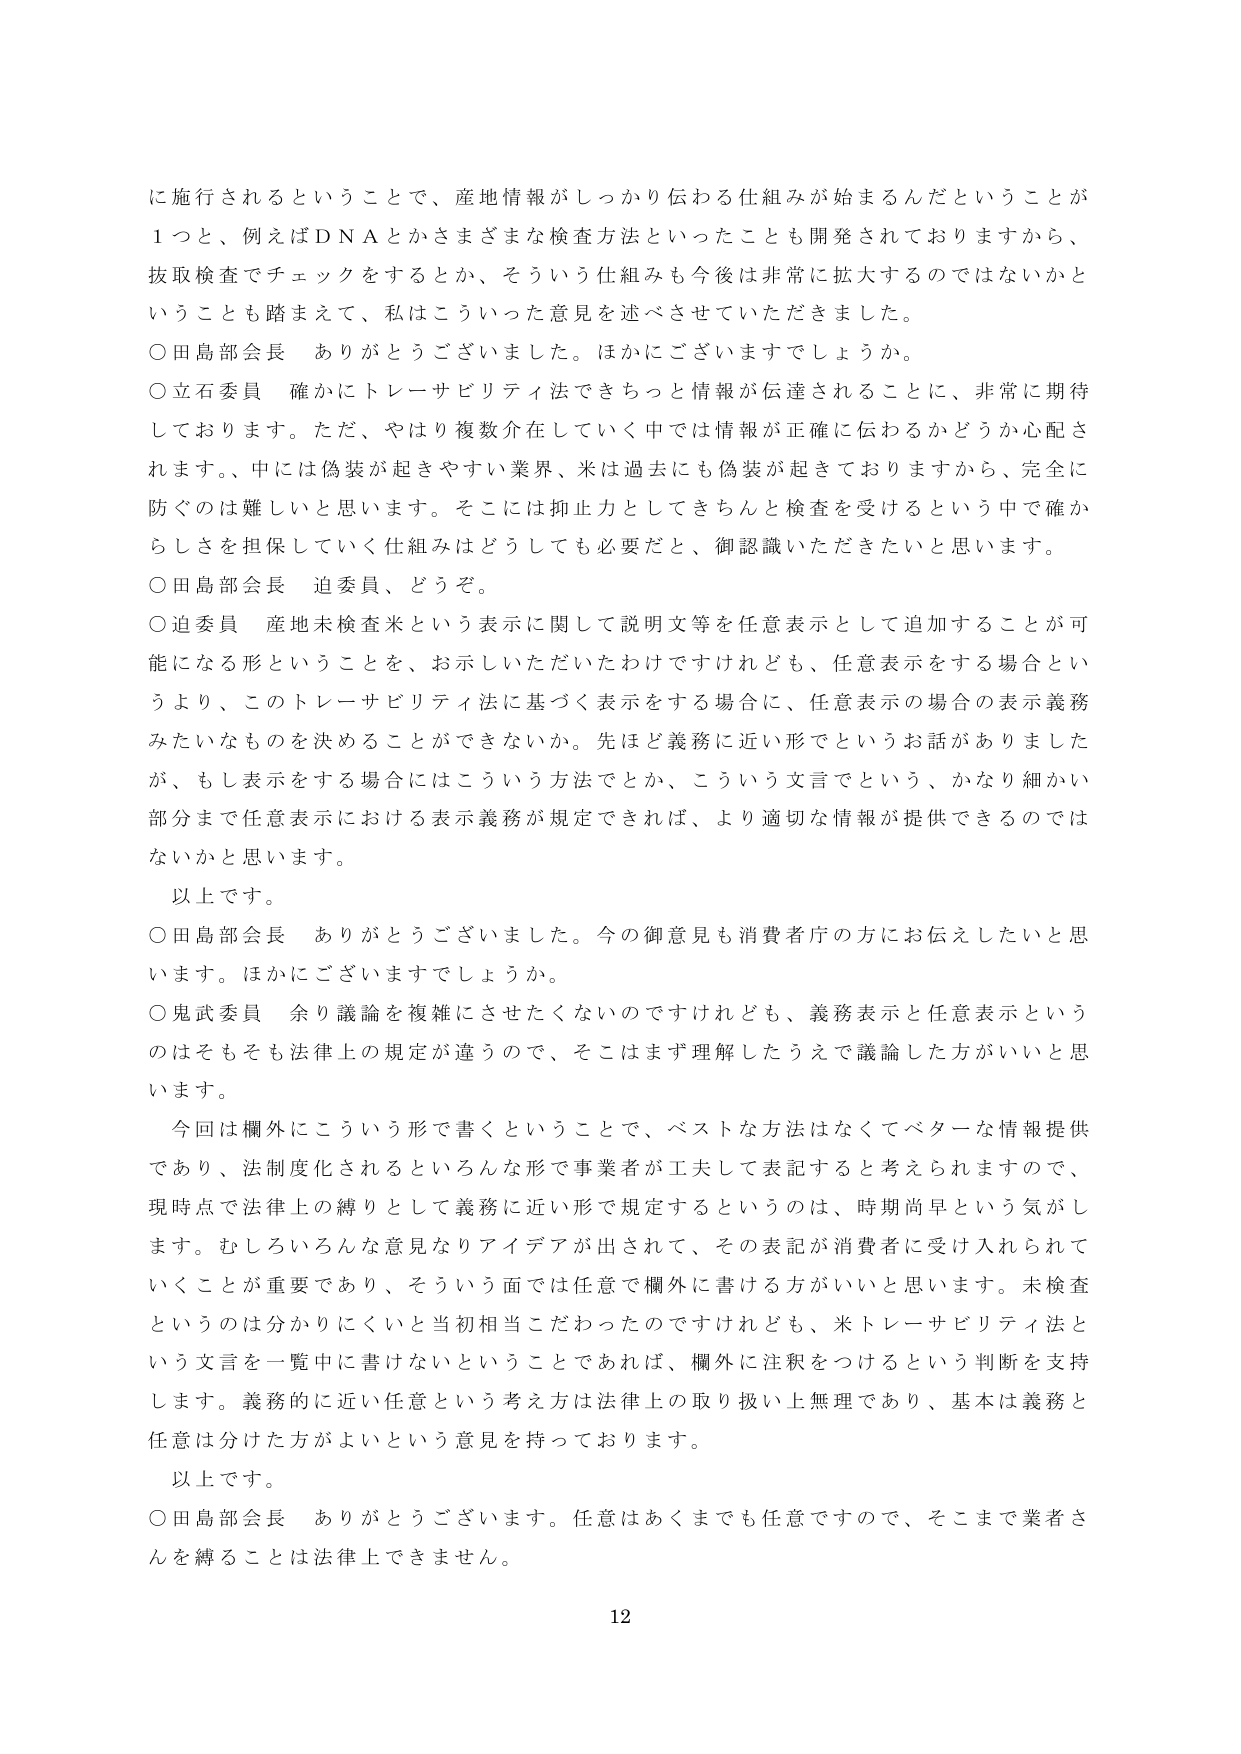
に施行されるということで、産地情報がしっかり伝わる仕組みが始まるんだということが
１つと、例えばＤＮＡとかさまざまな検査方法といったことも開発されておりますから、
抜取検査でチェックをするとか、そういう仕組みも今後は非常に拡大するのではないかなと
いうことも踏まえて、私はこういった意見を述べさせていただきました。
○田島部会長　ありがとうございました。ほかにございますでしょうか。
○立石委員　確かにトレーサビリティ法できちっと情報が伝達されることに、非常に期待
しております。ただ、やはり複数介在していく中では情報が正確に伝わるかどうか心配さ
れます。、中には偽装が起きやすい業界、米は過去にも偽装が起きておりますから、完全に
防ぐのは難しいと思います。そこには抑止力としてきちんと検査を受けるという中で確か
らしさを担保していく仕組みはどうしても必要だと、御認識いただきたいと思います。
○田島部会長　迫委員、どうぞ。
○迫委員　産地未検査米という表示に関して説明文等を任意表示として追加することが可
能になる形ということを、お示しいただいたわけですけれども、任意表示をする場合とい
うより、このトレーサビリティ法に基づく表示をする場合に、任意表示の場合の表示義務
みたいなものを決めることができないか。先ほど義務に近い形でというお話がありました
が、もし表示をする場合にはこういう方法でとか、こういう文言でという、かなり細かい
部分まで任意表示における表示義務が規定できれば、より適切な情報が提供できるのでは
ないかと思います。
以上です。
○田島部会長　ありがとうございました。今の御意見も消費者庁の方にお伝えしたいと思
います。ほかにございますでしょうか。
○鬼武委員　余り議論を複雑にさせたくないのですけれども、義務表示と任意表示という
のはそもそも法律上の規定が違うので、そこはまず理解したうえで議論した方がいいと思
います。
今回は欄外にこういう形で書くということで、ベストな方法はなくてベターな情報提供
であり、法制度化されるといろんな形で事業者が工夫して表記すると考えられますので、
現時点で法律上の縛りとして義務に近い形で規定するというのは、時期尚早という気がし
ます。むしろいろんな意見なりアイデアが出されて、その表記が消費者に受け入れられて
いくことが重要であり、そういう面では任意で欄外に書ける方がいいと思います。未検査
というのは分かりにくいと当初相当こだわったのですけれども、米トレーサビリティ法と
いう文言を一覧中に書けないということであれば、欄外に注釈をつけるという判断を支持
します。義務的に近い任意という考え方は法律上の取り扱い上無理であり、基本は義務と
任意は分けた方がよいという意見を持っております。
以上です。
○田島部会長　ありがとうございます。任意はあくまでも任意ですので、そこまで業者さ
んを縛ることは法律上できません。
12